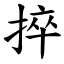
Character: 捽